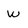
Character: W